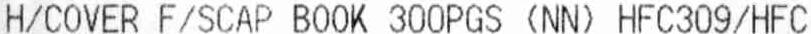
H/COVER F/SCAP BOOK 300PGS (NN) HFC309/HFC